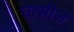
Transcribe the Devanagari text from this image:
चासीज